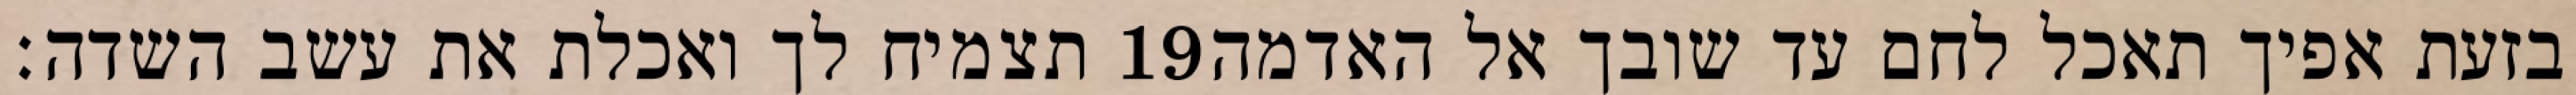
תצמיח לך ואכלת את עשב השדה׃ ‎19‏ בזעת אפיך תאכל לחם עד שובך אל האדמה